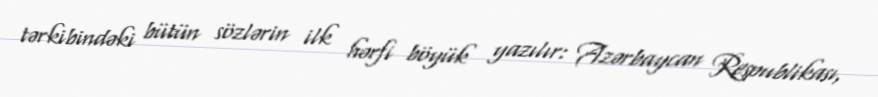
tərkibindəki bütün sözlərin ilk hərfi böyük yazılır: Azərbaycan Respublikası,